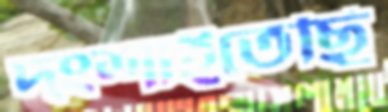
দংশাইতেছি